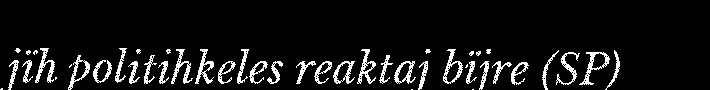
jïh politihkeles reaktaj bïjre (SP)